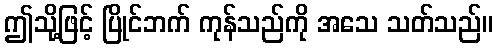
ဤသို့ဖြင့် ပြိုင်ဘက် ကုန်သည်ကို အသေ သတ်သည်။